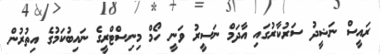
ރައީސް ނަޝީދު ސަރުކާރުގައި އާދަމް ނަސީރު ވަނީ ހޯމް މިނިސްޓްރީގެ ނައިބުކަމުގެ އިތުރުން